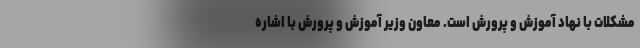
مشکلات با نهاد آموزش و پرورش است. معاون وزیر آموزش و پرورش با اشاره